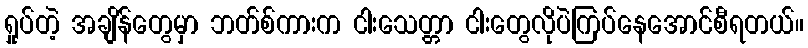
ရှုပ်တဲ့ အချိန်တွေမှာ ဘတ်စ်ကားက ငါးသေတ္တာ ငါးတွေလိုပဲကြပ်နေအောင်စီရတယ်။